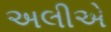
અલીએ